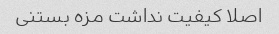
اصلا کیفیت نداشت مزه بستنی